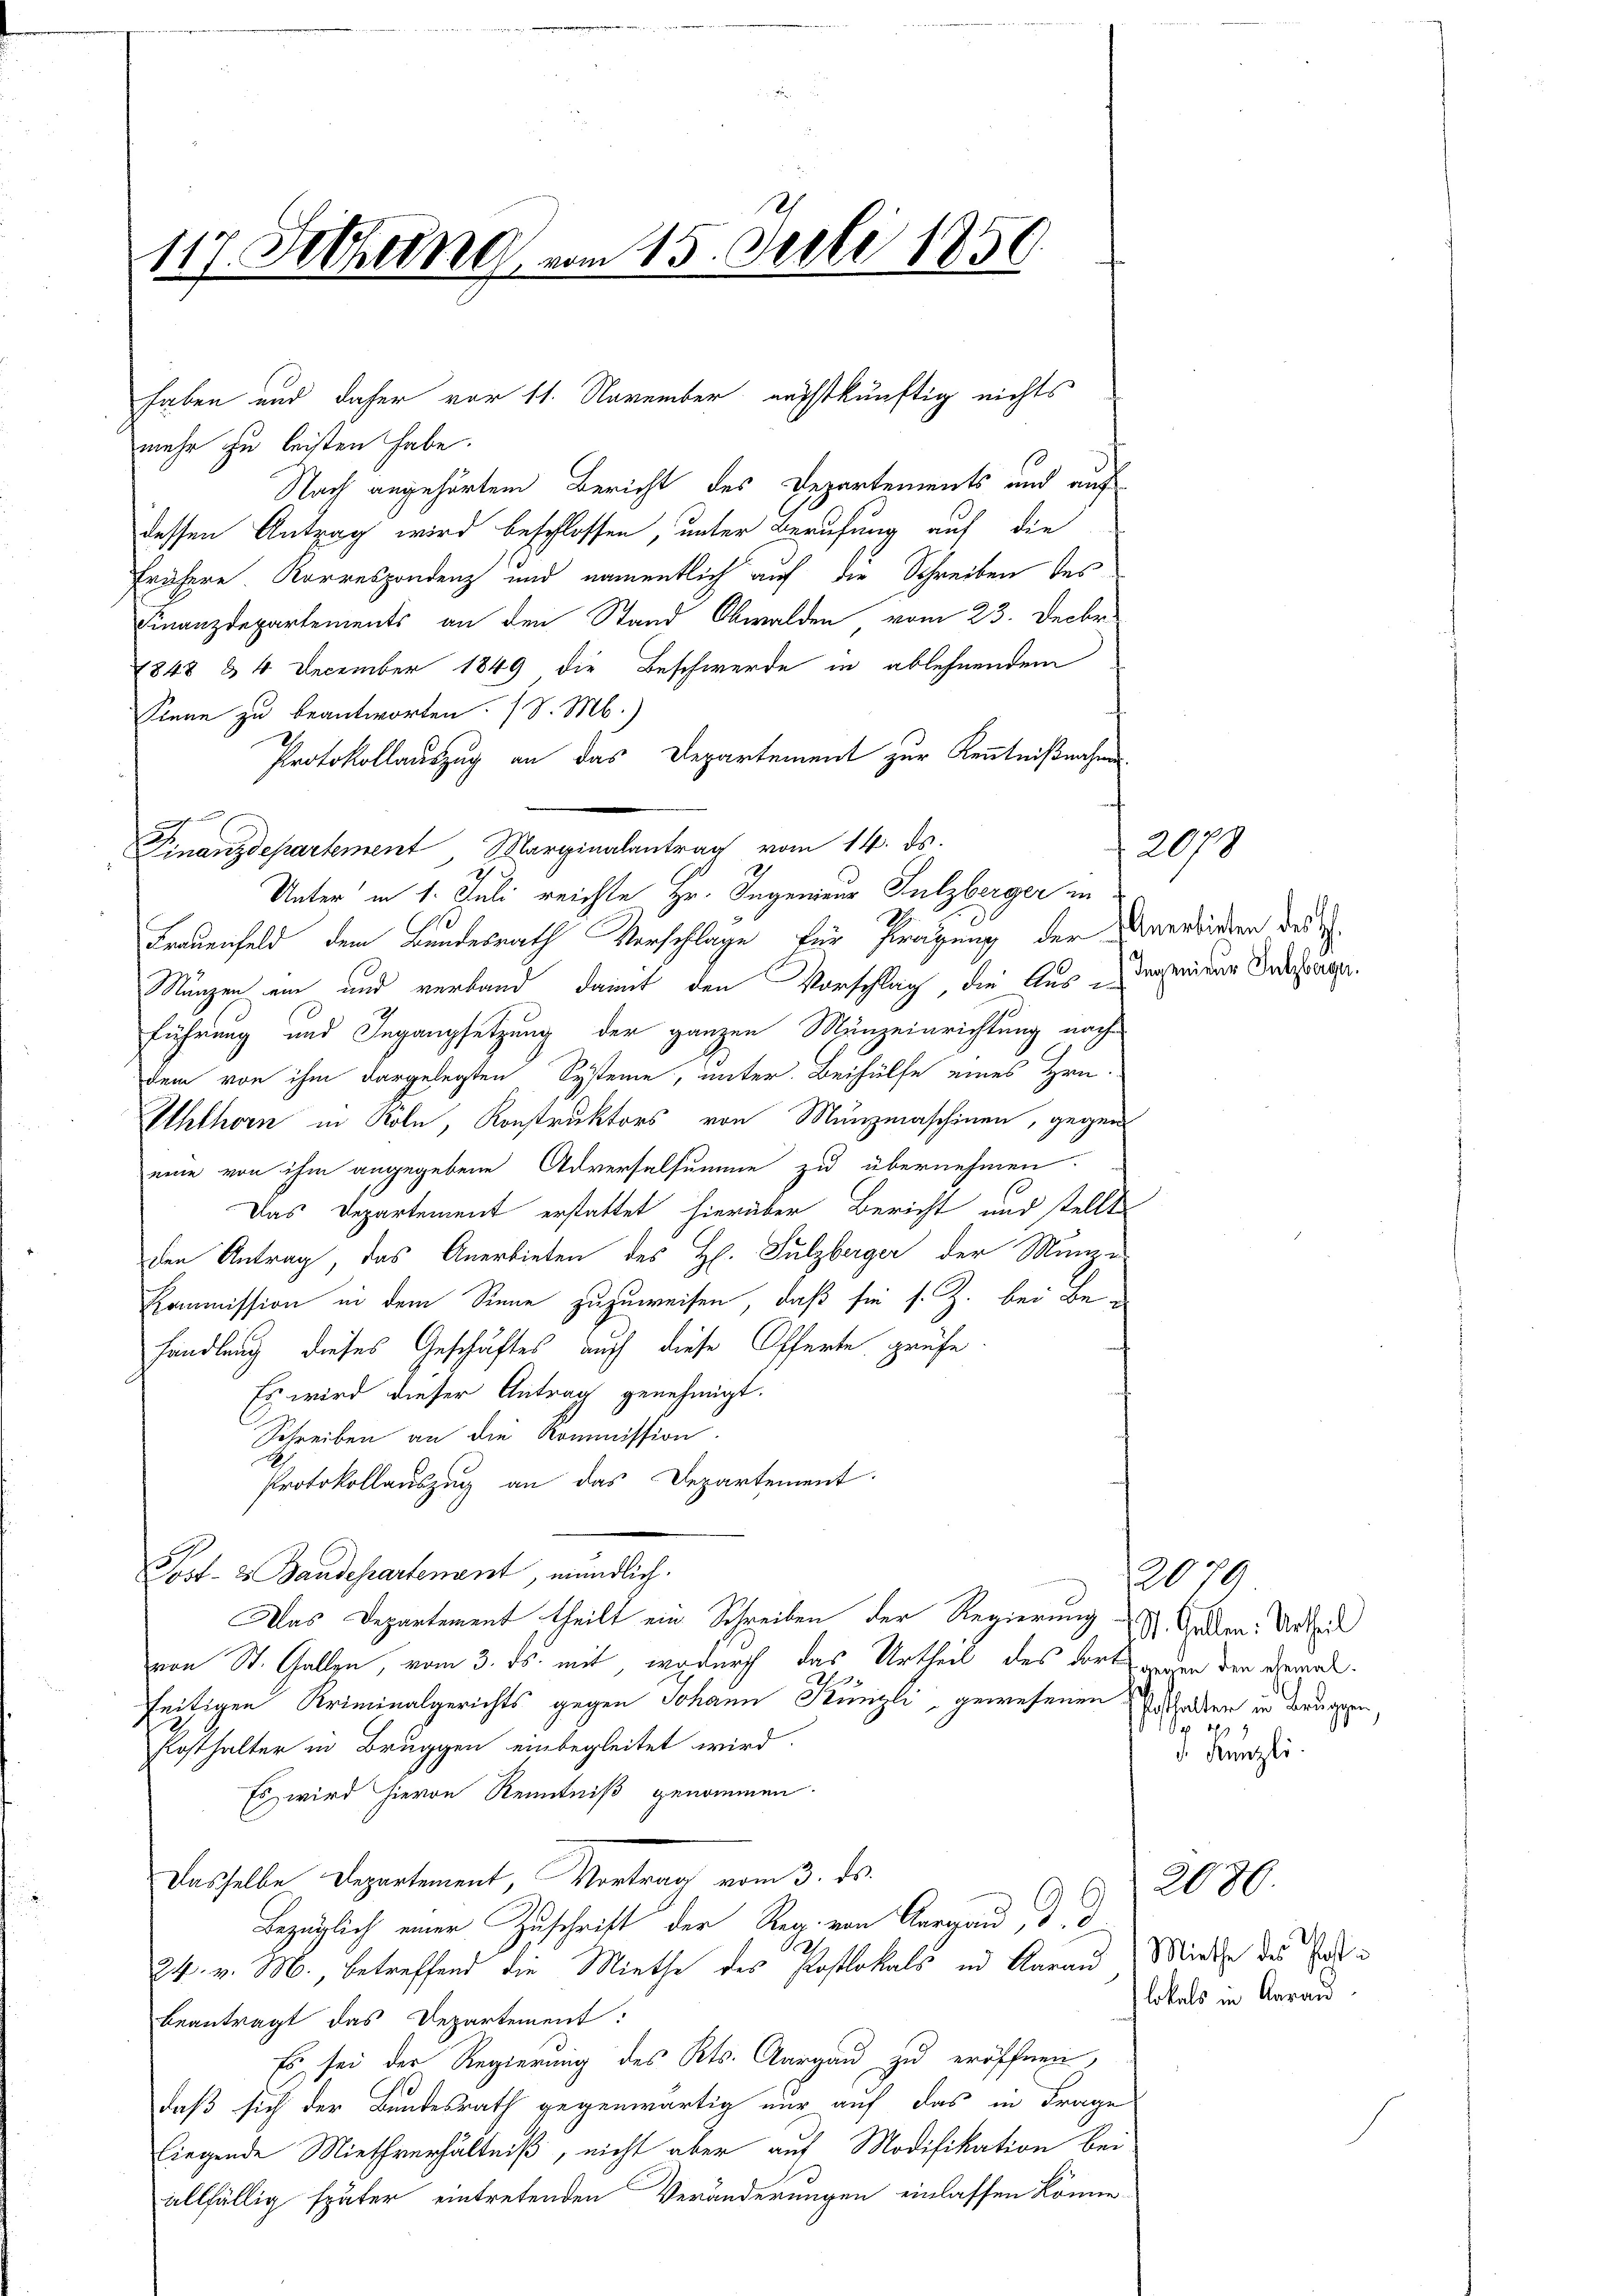
117. Setzung vom 15. Juli 1850.

mehr zu leisten habe.
Nach angehörtem Bericht des Departements und auf
dessen Antrag wird beschlossen, unter Berufung auf die
frühere. Korrespondenz und namentlich auf die Schreiben des
Finanzdepartements an den Stand Obwalden vom 23. Decbr.
1848 & 4 December 1849 die Beschwerde in ablehnendem
Sinne zu beantworten. (S. M.)
Protokollauszug an das Departement zur Kenntnißnahme
Finanzdepartement Marginalantrag vom 14. ds.
Unter in 1. Juli reichte Hr. Ingenieur Sulzberger in
D
Frauenfeld, dem Bundesrath Vorschlage für fragung der Anerbieten der
Manzen ein und verband, damit den Vorschlag, die Aus-Ingenieur repräge.
führung und Ingangsetzung der ganzen Münzeinrichtung nachdem von ihm dargelegten Systeme, unter. Beihülfe eines Hrn.
Uhlhorn in Köln, Konstruktors von Munzmaschinen, gegen
eine von ihm angegebene Adverselsumme zu übernehmen.
Das Departement erstattet hierüber Bericht und stellt
den Antrag, das Anerbieten des H. Sulzberger der Münze
Kommission in dem Sinne zuzuweisen, daß sie s. Z. bei Behandlung dieses Geschäftes auch diese Offerte prüfe.
Es wird dieser Antrag genehmigt.
Schreiben an die Kommission.
Protokollauszug an das Departement.
Post- & Baudepartement, mündlich.
Das Departement theilt ein Schreiben der Regierung d. Gelden Urtheil
von St. Gallen, vom 3. ds. mit, wodurch das Urtheil des dortswegen der geradei
seitigen Kriminalgerichts gegen Johann Künzli, gewesenen Walden in Bruggen,
Fosthalter in Bruggen einbegleitet wird.
Es wird hievon Renntniß genommen.
Dasselbe Departement, Vortrag vom 3. ds.
Bezüglich einer Zuschrift der Reg. von Aargau, d. d
24. v. M., betreffend die Miethe des Postlokals in Aarau Minde des sie
beantragt das Departement:
Es sei der Regierung des Kts. Aargau zu eröffnen,
daß sich der Bundesrath gegenwärtig nur auf das in Frage
liegende Miethverhältniß, nicht aber auf Modifikation bei
allfällig später eintretenden Veränderungen einlassen könne.

s

haben und daher vor 11. November nächstkünftig nichts

2078

2079
t

d. Kanzli

lokals in Aarau

2080.